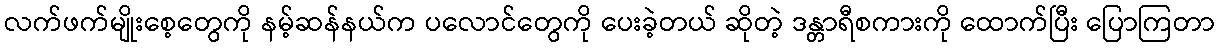
လက်ဖက်မျိုးစေ့တွေကို နမ့်ဆန်နယ်က ပလောင်တွေကို ပေးခဲ့တယ် ဆိုတဲ့ ဒန္တာရီစကားကို ထောက်ပြီး ပြောကြတာ